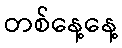
တစ်နေ့နေ့